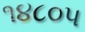
૧૪૮૦૫